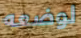
لوضعه